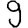
Digit: 9